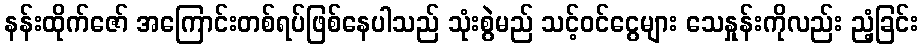
နန်းထိုက်ဇော် အကြောင်းတစ်ရပ်ဖြစ်နေပါသည် သုံးစွဲမည် သင့်ဝင်ငွေများ သေနှုန်းကိုလည်း ညံ့ခြင်း